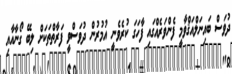
ދުވަސް ބައިނަލްއަޤްވާމީ ފެންވަރެއްގައި ފާހަގަ ކުރެވެނީ އުމުރުން ދުވަސްވީ ފަރާތްތަކަށް ލިބޭ ގޯނާއާއި